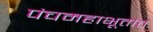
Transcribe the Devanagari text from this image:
पंचमहाभूतांत